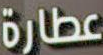
عطارة